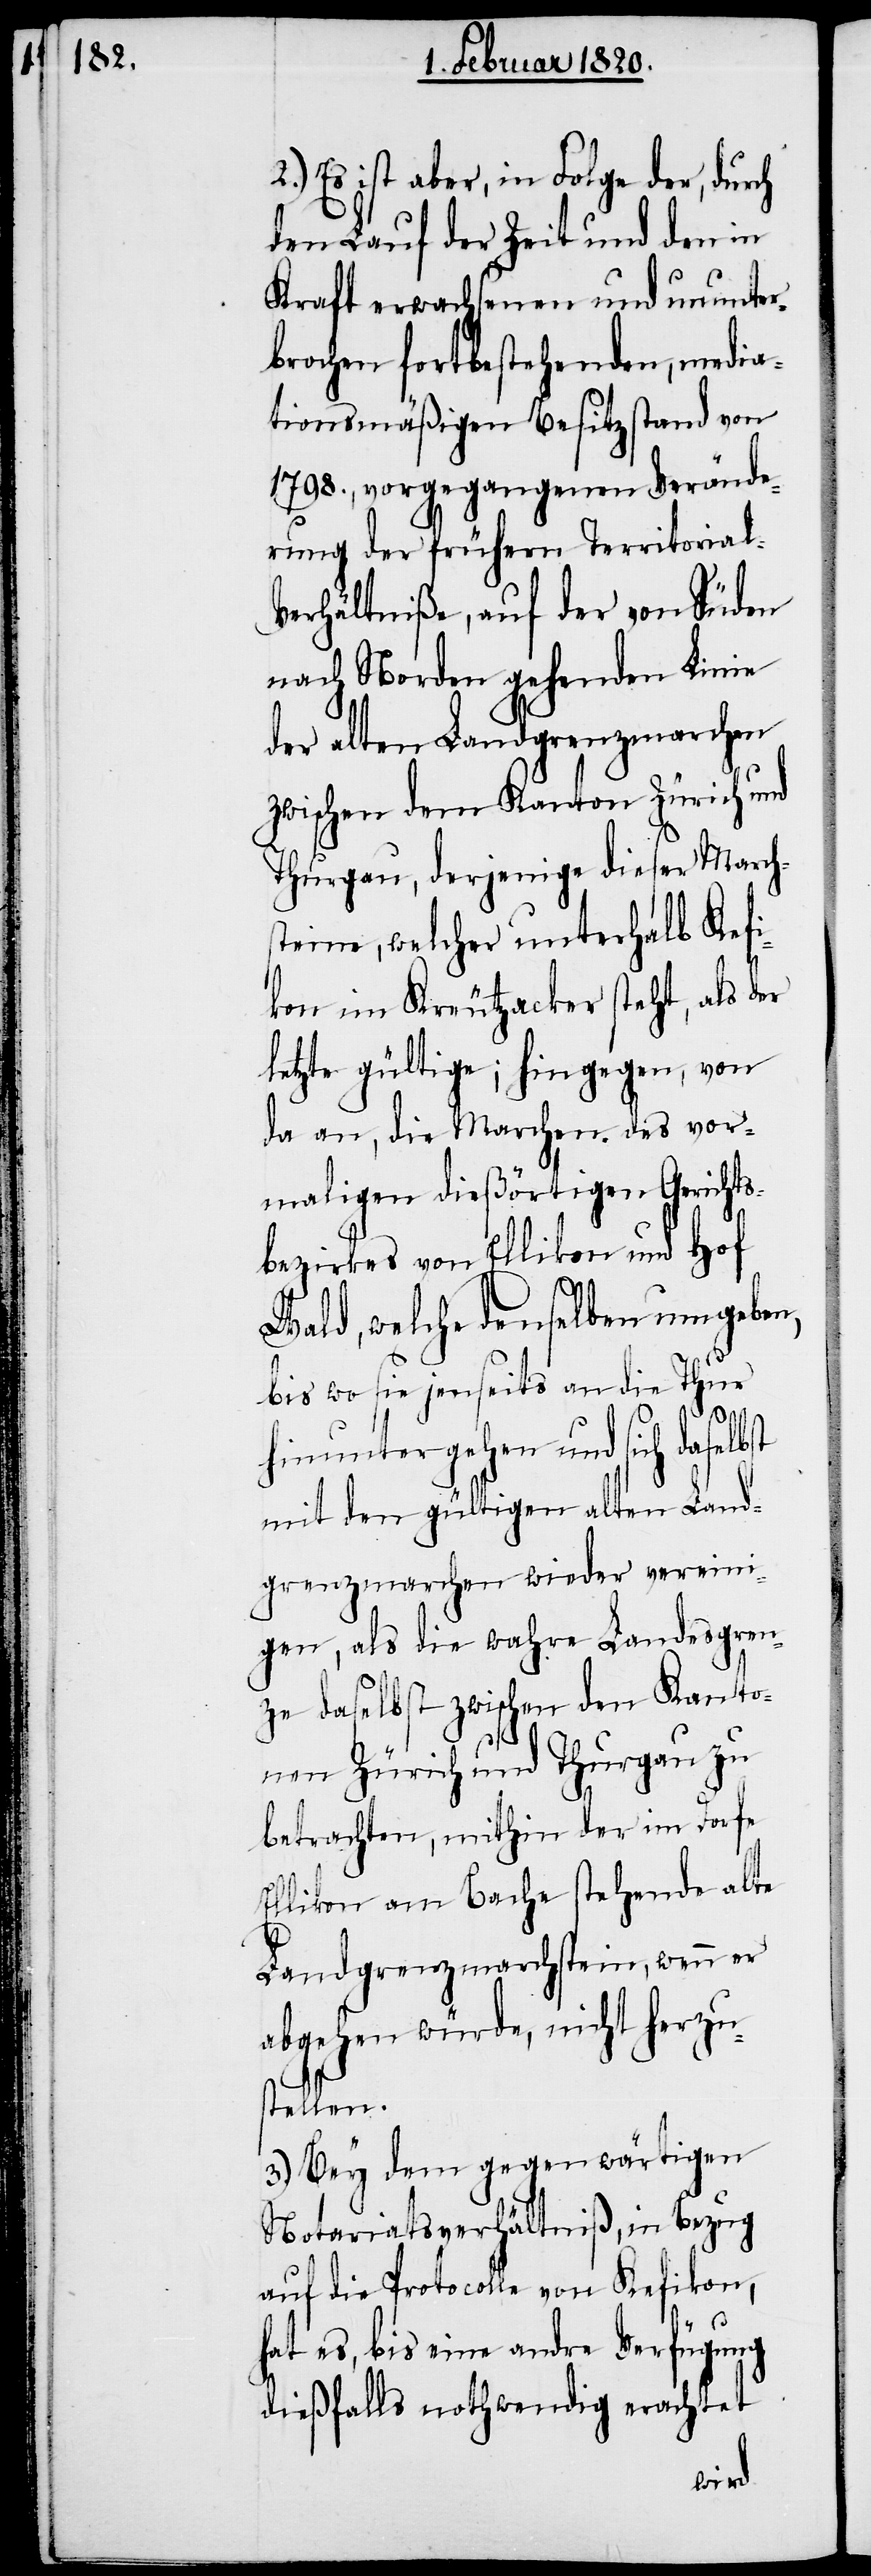
fi¬

2.) Es ist aber, in Folge der, durch
den Lauf der Zeit und den in
Kraft erwachsenen und ununter¬
brochen fortbestehenden, media¬
tionsmäßigen Besitzstand von
1789., vorgegangenen Verände¬
rung der frühern Territorial-V¬
erhältniße, auf der von Süden
nach Norden gehenden Linie
der alten Landgrenzmarchen
zwischen dem Kanton Zürich und
Thurgau, derjenige dieser March¬
steine, welcher unterhalb Ke¬
kon im Kreutzacker steht, als der
letzte gültige; hingegen, von
da an, die Marchen des vor
maligen dießörtigen
bezirkes von Ellikon und Hof
Wald, welche denselben umgeben,
bis wo sie jenseits an die
hinuntergehen und sich daselbst
mit den gültigen alten Land¬
grenzmarchen wieder vereini¬
gen, als die wahre Landesgren¬
ze daselbst zwischen den Kanto¬
nen Zürich und Thurgau zu
betrachten, mithin der im Dorfe
Ellikon am Bache stehende alte
Landgrenzmarchstein, wenn er
abgehen würde, nicht herzu¬
stellen.
Ge¬
3.) Bey dem gegenwärtigen
Notariatsverhältniß, in Bezug
auf die Protocolle von Kefikon,
richts¬
hat es, bis eine andre Verfügung
dießfalls nothwendig erachtet